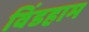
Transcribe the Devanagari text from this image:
विंडहाम